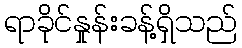
ရာခိုင်နှုန်းခန့်ရှိသည်